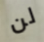
لن